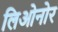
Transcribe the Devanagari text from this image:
लिओनोर